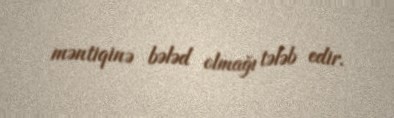
məntiqinə bələd olmağı tələb edir.